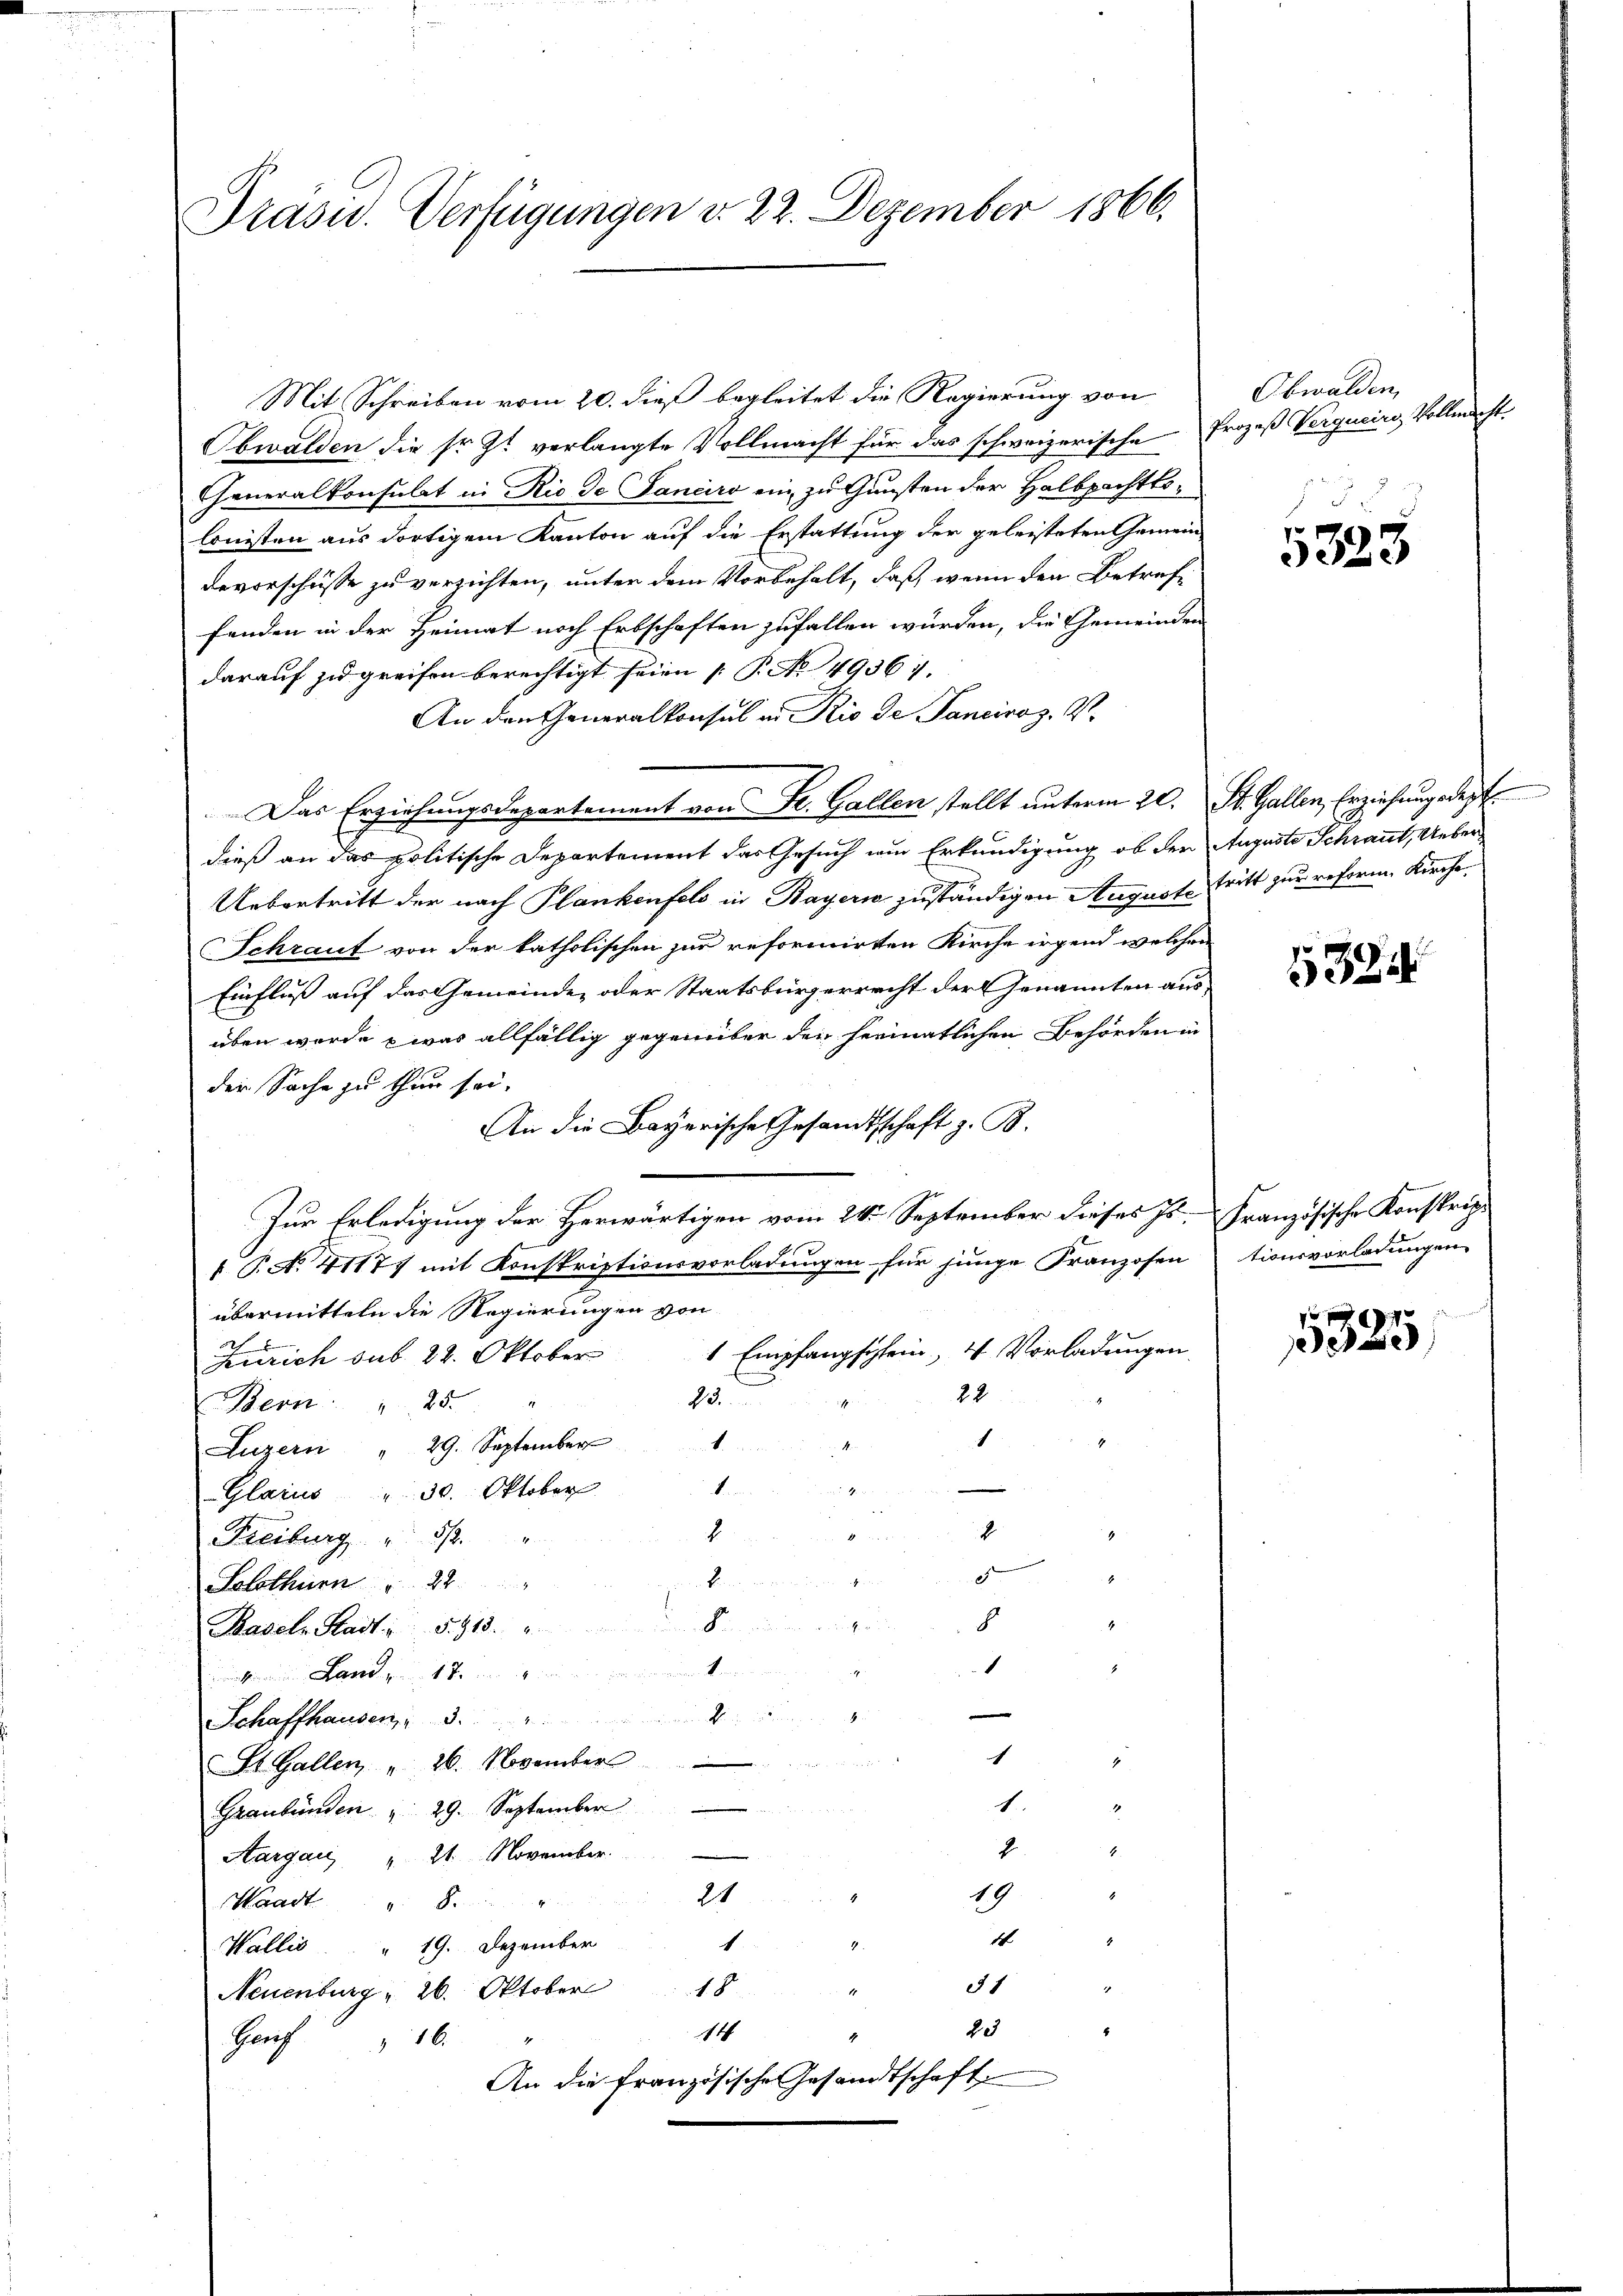
Präsid.. Verfügungen d. 22. Dezember 1866.

Mit Schreiben vom 20. dieß begleitet die Regierung von
Obwalden die sr. Zt. verlangte Vollmacht für das schweizerische Prozeß Vergucino, Vollmacht.
Generalkonsulat in Rio de Janeiro ein zu Gunsten der Halbpachttolonisten aus dortigem Kanton auf die Erstattung der geleisteten Gemein-
Bevorschüsse zu verzichten, unter dem Vorbehalt, daß, wenn den Betreffenden in der Heimat noch Erbschaften zufallen würden, die Gemeinden
darauf zu greifen berechtigt seien [P. No. 49361.
An den Generalkonsul in Rio de Sanciroz. V.
Das Erziehungsdepartement von St. Gallen stellt unterm 20. St. Gallen, Erziehungsdep
dieß an das politische Departement das Gesuch um Erkundigung, ob den Auguste Schraut, Ueber¬
Uebertritt der nach Plankenfeld in Bayerne zuständigen Auguste tritt zur reforme Kirche,
Schraut von der katholischen zur reformirten Kirche irgend welchen
Einfluß auf das Gemeinde, oder Staatsbürgerrecht der Genannten aus
üben wurde was allfällig gegenüber den heimatlichen Behörden in
der Sache zu thun sei.
An die Bayerische Gesandtschaft z. B.
Zur Erledigung der Herwärtigen vom 24. September dieses Is.
 P. N. 41177 mit Konskriptionsvorladungen für junge Franzosen
übermitteln die Regierungen von
1 Empfangschlein, 4 Vorladungen.
Zürich sub. 22. Oktober
22
15
Bern " 25 "
1
Luzern " 29. September 1
.

Glarus " 30. Oktober
4
4
4
Freiburg " 5.
d
  in der
Solothurn " 22
Kan die in der ge
8
Basel Stadt: 5. 913.
1
Landgut ten einen mit
4
E
Schaffhausen, " 5.
c
1

St. Gallen " 26. November
1.
.
Graubünden " 29. September
2.
Aargau " 21. November.
19
21
Waadt " 8.
1
E
1
Wallis 19. Dezember
31
Neuenburg  26. Oktober 18
1
2e
14
Gruf
16
An die französische Gesandtschaft

Obwalden

5325

1323

Französische Konstrag
tionsvorladungen

5325